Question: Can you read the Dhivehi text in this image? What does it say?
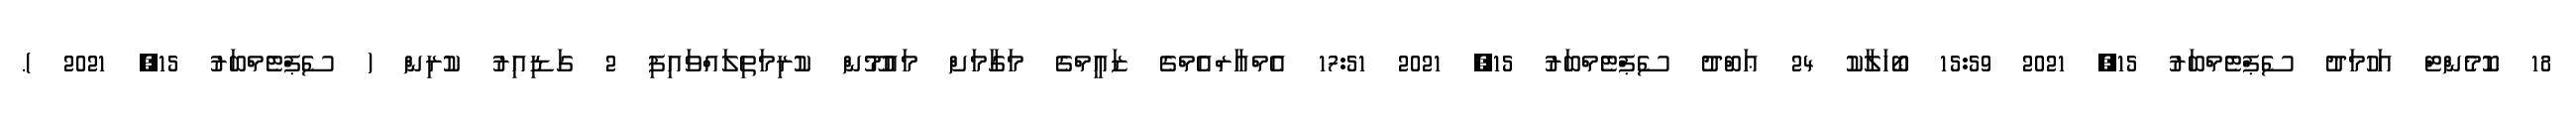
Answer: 18 ކޮމެންޓް އަހުމަދު ސެޕްޓެމްބަރު 15, 2021 15:59 ބޯހަލާކު 24 ޢަބްދު ސެޕްޓެމްބަރު 15, 2021 17:51 އެމްއާރްއެމްގެ ޒައީމްގެ މަގާމަށް މައުމޫން ކުރިމަތިލައްވައިފި 2 ގަޑިއިރު ކުރިން ( ސެޕްޓެމްބަރު 15, 2021 ).